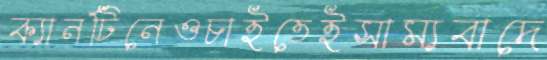
ক্যানটিনেওচাইতেইসাম্যবাদে